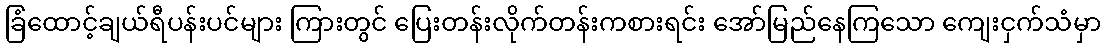
ခြံထောင့်ချယ်ရီပန်းပင်များ ကြားတွင် ပြေးတန်းလိုက်တန်းကစားရင်း အော်မြည်နေကြသော ကျေးငှက်သံမှာ